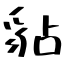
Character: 𧲸